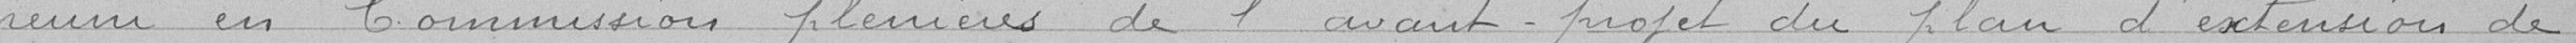
réuni en Commission plenières de l'avant-projet du plan d'extension de